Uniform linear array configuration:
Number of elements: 8
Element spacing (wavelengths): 0.25
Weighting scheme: hann
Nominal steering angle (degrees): -60
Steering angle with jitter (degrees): -59.114
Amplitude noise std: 0.05
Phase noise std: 0.05

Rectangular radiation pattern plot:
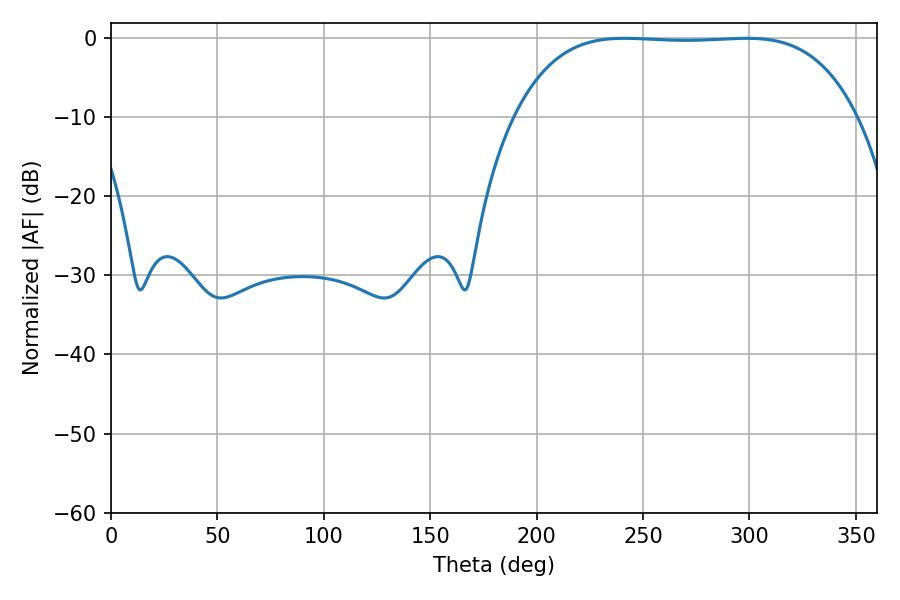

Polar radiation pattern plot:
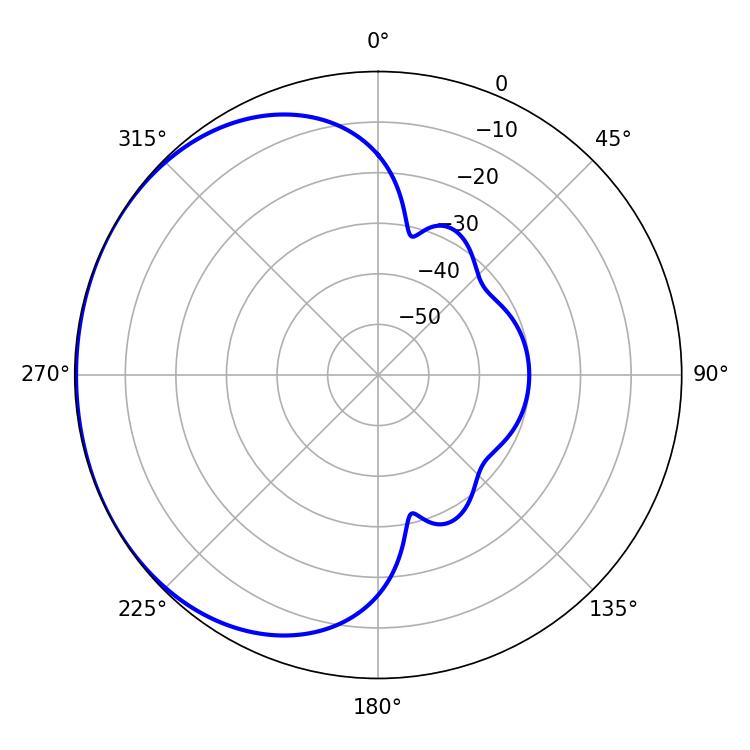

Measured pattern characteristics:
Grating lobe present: FALSE
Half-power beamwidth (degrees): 124.56
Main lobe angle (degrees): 241.38